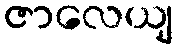
ဇာလေယျ